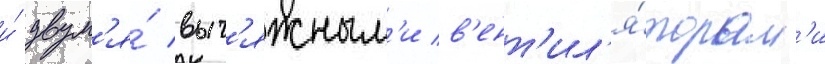
и́ двум'я́ выт'яжным'и в'ент'ил'я́торам'и